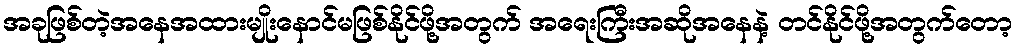
အခုဖြစ်တဲ့အနေအထားမျိုးနောင်မဖြစ်နိုင်ဖို့အတွက် အရေးကြီးအဆိုအနေနဲ့ တင်နိုင်ဖို့အတွက်တော့